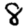
Digit: 8